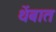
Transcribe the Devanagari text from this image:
थेंबात